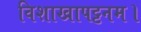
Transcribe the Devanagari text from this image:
विशाखापट्टनम।